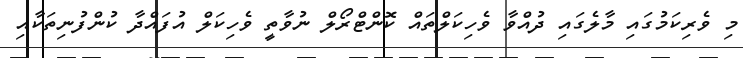
މި ވެރިކަމުގައި މާލެގައި ދުއްވާ ވެހިކަލްތައް ކޮންޓްރޯލް ނުވާތީ ވެހިކަލް އުފައްދާ ކުންފުނިތަކާއި